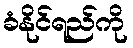
ခံနိုင်ရည်ကို